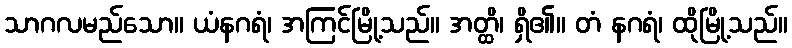
သာဂလမည်သော။ ယံနဂရံ၊ အကြင်မြို့သည်။ အတ္ထိ၊ ရှိ၏။ တံ နဂရံ၊ ထိုမြို့သည်။